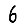
Digit: 6